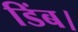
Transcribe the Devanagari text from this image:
डिंब।